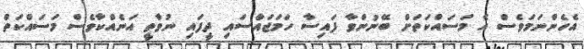
އެހެންނަމަވެސް އެ މަސައްކަތަށް ބޭނުންވާ ފައިސާ ހަމަޖައްސައި ދީފައި ނުވާތީ އަނެއްކާވެސް މަސައްކަތް